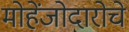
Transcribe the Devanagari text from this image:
मोहेंजोदारोचे